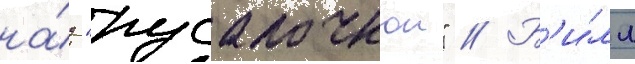
на́д "русалочкои" // Б'и́лл